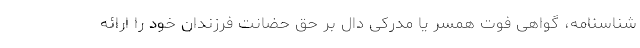
شناسنامه، گواهی فوت همسر یا مدرکی دال بر حق حضانت فرزندان خود را ارائه